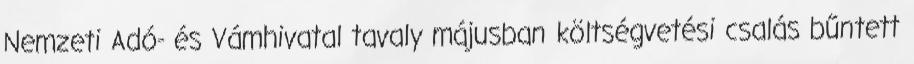
Nemzeti Adó- és Vámhivatal tavaly májusban költségvetési csalás bűntett